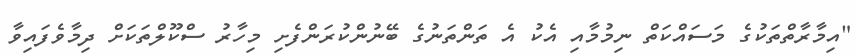
"އިމާރާތްތަކުގެ މަސައްކަތް ނިމުމާއި އެކު އެ ތަންތަނުގެ ބޭނުންކުރަންފެށި މިހާރު ސްކޫލްތަކަށް ދިމާވެފައިވާ